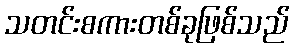
သတင်းစကားတစ်ခုဖြစ်သည်